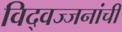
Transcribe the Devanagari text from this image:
विद्वज्जनांची